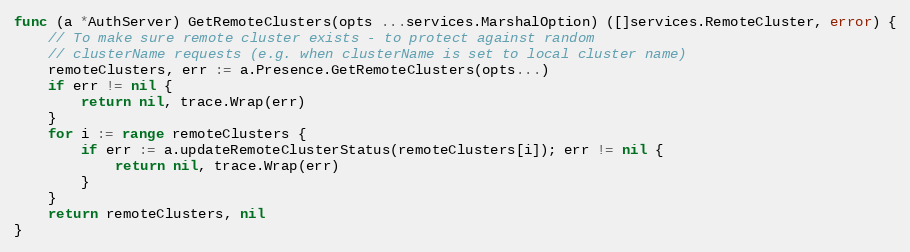
Language: Go
func (a *AuthServer) GetRemoteClusters(opts ...services.MarshalOption) ([]services.RemoteCluster, error) {
	// To make sure remote cluster exists - to protect against random
	// clusterName requests (e.g. when clusterName is set to local cluster name)
	remoteClusters, err := a.Presence.GetRemoteClusters(opts...)
	if err != nil {
		return nil, trace.Wrap(err)
	}
	for i := range remoteClusters {
		if err := a.updateRemoteClusterStatus(remoteClusters[i]); err != nil {
			return nil, trace.Wrap(err)
		}
	}
	return remoteClusters, nil
}